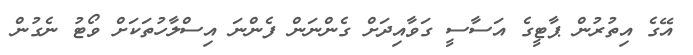
އޭގެ އިތުރުން ޕާޓީގެ އަސާސީ ގަވާއިދަށް ގެންނަން ފެންނަ އިސްލާހުތަކަށް ވޯޓު ނެގުން